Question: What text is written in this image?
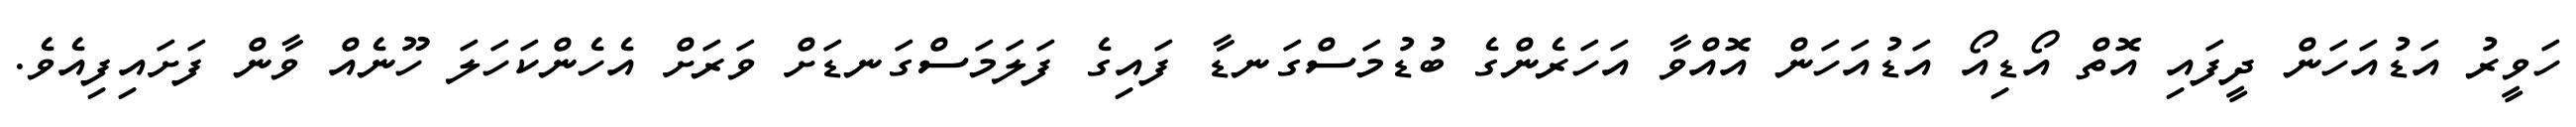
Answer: ހަވީރު އަޑުއަހަން ދީފައި އޮތް އޯޑިއޯ އަޑުއަހަން އޮއްވާ އަހަރެންގެ ބުޑުމަސްގަނޑާ ފައިގެ ފަލަމަސްގަނޑަށް ވަރަށް އެހެންކަހަލަ ހޫނެއް ވާން ފަށައިފިއެވެ.